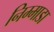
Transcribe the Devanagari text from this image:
निम्माडा